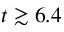
t \gtrsim 6 . 4